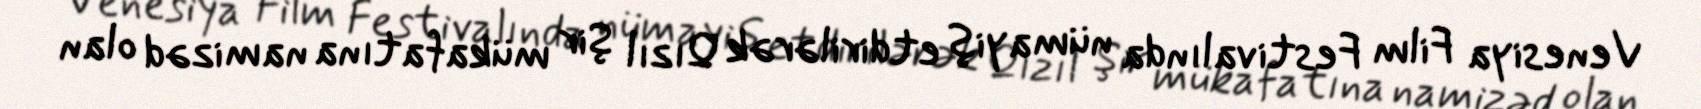
Venesiya Film Festivalında nümayiş etdirilərək Qızıl Şir mükafatına namizəd olan